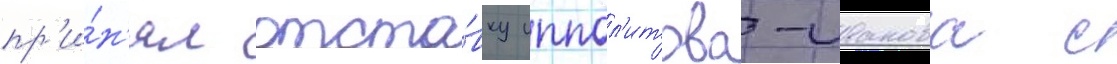
пр'и́н'ял отста́вку иппол'итова-иванова с